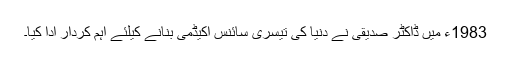
1983ء میں ڈاکٹر صدیقی نے دنیا کی تیسری سائنس اکیڈمی بنانے کیلئے اہم کردار ادا کیا۔